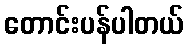
တောင်းပန်ပါတယ်